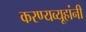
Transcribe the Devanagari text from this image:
करण्यव्यूहांनी